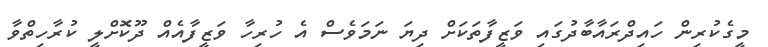
މީގެކުރިން ހައިދްރައާބާދުގައި ވަޒީފާތަކަށް ދިޔަ ނަމަވެސް އެ ހުރިހާ ވަޒީފާއެއް ދޫކޮށްލީ ކުރާހިތްވާ